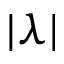
| \lambda |